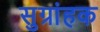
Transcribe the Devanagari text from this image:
सुग्रांहक